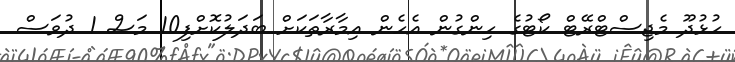
ހުޅުދޫ މެޖިސްޓްރޭޓް ކޯޓުގެ ހިންގުން އެހެން އިމާރާތަކަށް ބަދަލުކޮށްފި10 މަސް 1 ދުވަސް